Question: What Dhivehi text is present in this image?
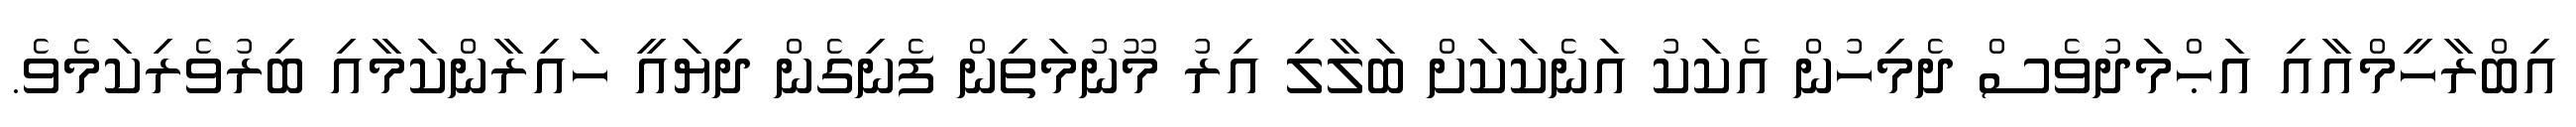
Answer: އިބްރާހީމްއާއި އަޙްމަދުވެސް ދެމިހުން އެކަކު އަނެކަކަށް ބަލާލި އިރު މޫނުމަތިން ފެނިގެން ދިޔައީ ހައިރާންކަމާއި ބިރުވެރިކަމެވެ.